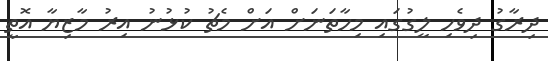
ދިރާގު ދިވެހި ލީގުގައި މިހާތަނަށް އަށް މެޗު ކުޅުނު އިރު މާޒިޔާ އޮތީ